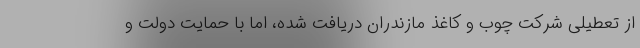
از تعطیلی شرکت چوب و کاغذ مازندران دریافت شده، اما با حمایت دولت و